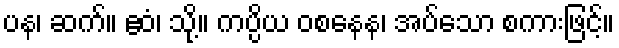
ပန၊ ဆက်။ ဧဝံ၊ သို့။ ကပ္ပိယ ဝစနေန၊ အပ်သော စကားဖြင့်။